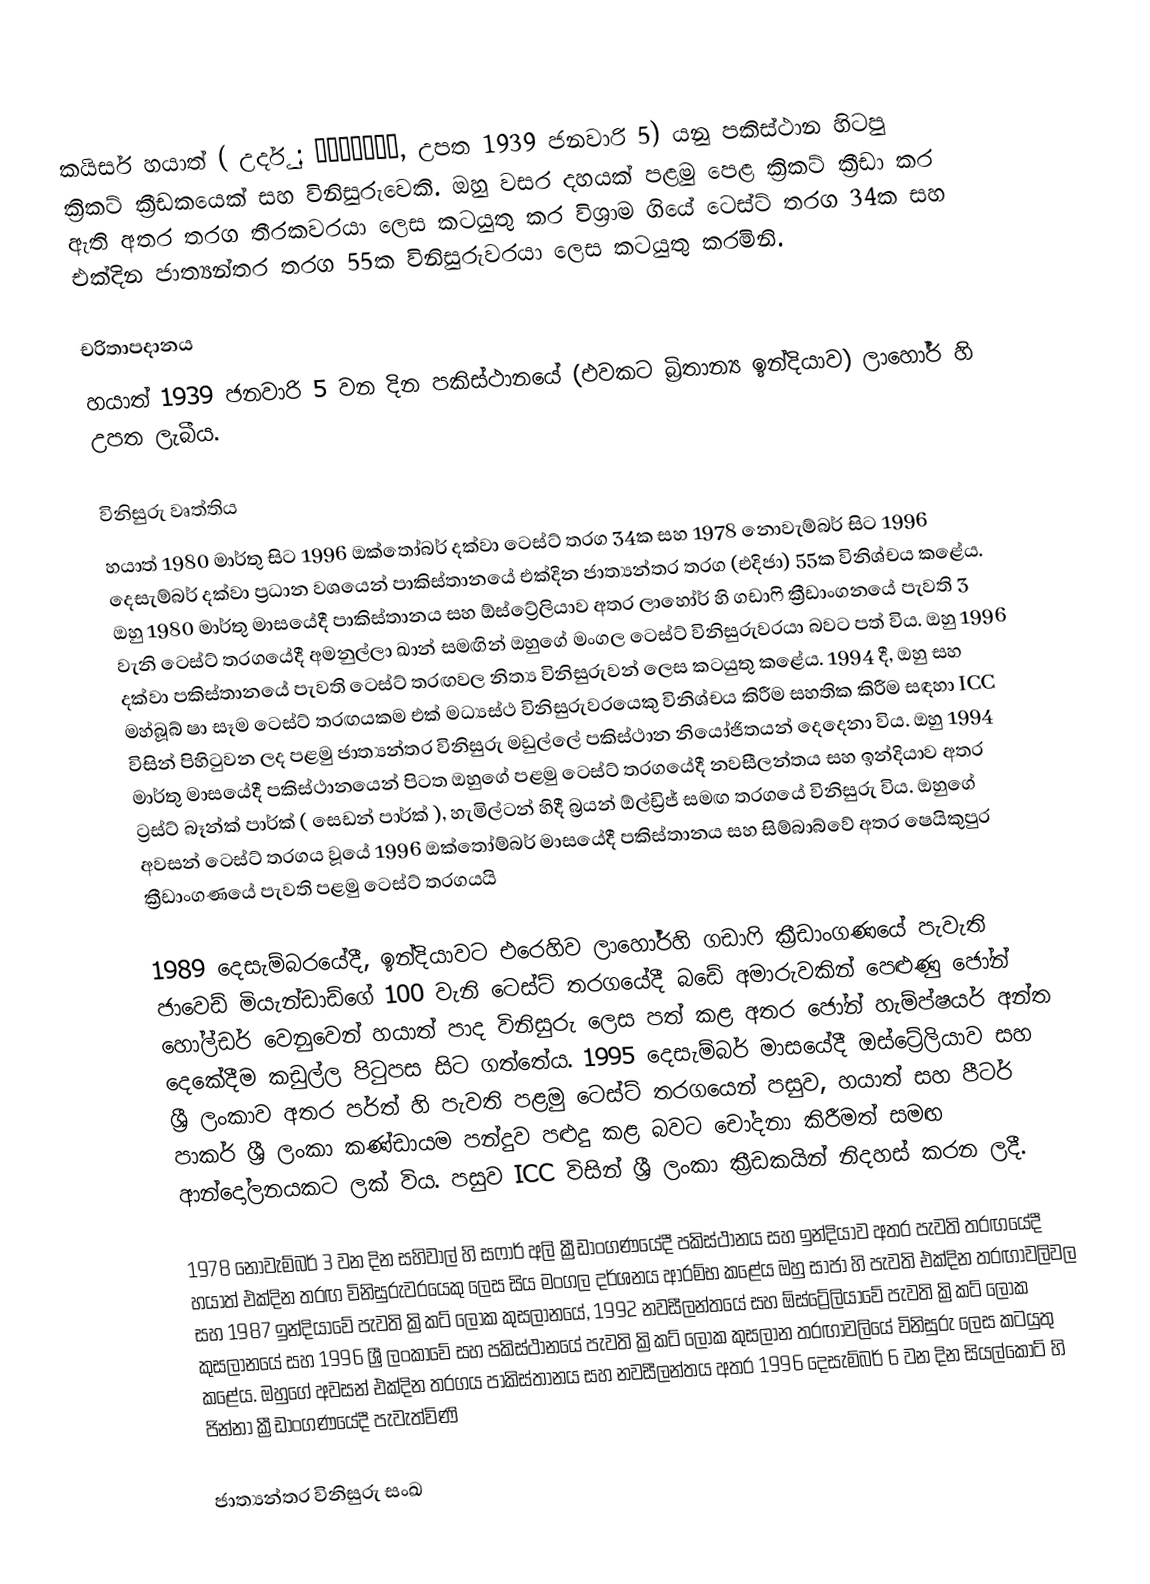
කයිසර් හයාත් ( උර්දු : خضرحيات, උපත 1939 ජනවාරි 5) යනු පකිස්ථාන හිටපු ක්‍රිකට් ක්‍රීඩකයෙක් සහ විනිසුරුවෙකි. ඔහු වසර දහයක් පළමු පෙළ ක්‍රිකට් ක්‍රීඩා කර ඇති අතර තරග තීරකවරයා ලෙස කටයුතු කර විශ්‍රාම ගියේ ටෙස්ට් තරග 34ක සහ එක්දින ජාත්‍යන්තර තරග 55ක විනිසුරුවරයා ලෙස කටයුතු කරමිනි.

චරිතාපදානය
හයාත් 1939 ජනවාරි 5 වන දින පකිස්ථානයේ (එවකට බ්‍රිතාන්‍ය ඉන්දියාව) ලාහෝර් හි උපත ලැබීය.

විනිසුරු වෘත්තිය
හයාත් 1980 මාර්තු සිට 1996 ඔක්තෝබර් දක්වා ටෙස්ට් තරග 34ක සහ 1978 නොවැම්බර් සිට 1996 දෙසැම්බර් දක්වා ප්‍රධාන වශයෙන් පාකිස්තානයේ එක්දින ජාත්‍යන්තර තරග (එදිජා) 55ක විනිශ්චය කළේය. ඔහු 1980 මාර්තු මාසයේදී පාකිස්තානය සහ ඕස්ට්‍රේලියාව අතර ලාහෝර් හි ගඩාෆි ක්‍රීඩාංගනයේ පැවති 3 වැනි ටෙස්ට් තරගයේදී අමනුල්ලා ඛාන් සමඟින් ඔහුගේ මංගල ටෙස්ට් විනිසුරුවරයා බවට පත් විය.  ඔහු 1996 දක්වා පකිස්තානයේ පැවති ටෙස්ට් තරඟවල නිත්‍ය විනිසුරුවන් ලෙස කටයුතු කළේය. 1994 දී, ඔහු සහ මහ්බූබ් ෂා සෑම ටෙස්ට් තරඟයකම එක් මධ්‍යස්ථ විනිසුරුවරයෙකු විනිශ්චය කිරීම සහතික කිරීම සඳහා ICC විසින් පිහිටුවන ලද පළමු ජාත්‍යන්තර විනිසුරු මඩුල්ලේ පකිස්ථාන නියෝජිතයන් දෙදෙනා විය.  ඔහු 1994 මාර්තු මාසයේදී පකිස්ථානයෙන් පිටත ඔහුගේ පළමු ටෙස්ට් තරගයේදී නවසීලන්තය සහ ඉන්දියාව අතර ට්‍රස්ට් බෑන්ක් පාර්ක් ( සෙඩන් පාර්ක් ), හැමිල්ටන් හිදී බ්‍රයන් ඕල්ඩ්‍රිජ් සමඟ තරගයේ විනිසුරු විය.  ඔහුගේ අවසන් ටෙස්ට් තරගය වූයේ 1996 ඔක්තෝම්බර් මාසයේදී පකිස්තානය සහ සිම්බාබ්වේ අතර ෂෙයිකුපුර ක්‍රීඩාංගණයේ පැවති පළමු ටෙස්ට් තරගයයි

1989 දෙසැම්බරයේදී, ඉන්දියාවට එරෙහිව ලාහෝර්හි ගඩාෆි ක්‍රීඩාංගණයේ පැවැති ජාවෙඩ් මියැන්ඩාඩ්ගේ 100 වැනි ටෙස්ට් තරගයේදී බඩේ අමාරුවකින් පෙළුණු ජෝන් හෝල්ඩර් වෙනුවෙන් හයාත් පාද විනිසුරු ලෙස පත් කළ අතර ජෝන් හැම්ප්ෂයර් අන්ත දෙකේදීම කඩුල්ල පිටුපස සිට ගත්තේය. 1995 දෙසැම්බර් මාසයේදී ඔස්ට්‍රේලියාව සහ ශ්‍රී ලංකාව අතර පර්ත් හි පැවති පළමු ටෙස්ට් තරගයෙන් පසුව, හයාත් සහ පීටර් පාකර් ශ්‍රී ලංකා කණ්ඩායම පන්දුව පළුදු කළ බවට චෝදනා කිරීමත් සමඟ ආන්දෝලනයකට ලක් විය. පසුව ICC විසින් ශ්‍රී ලංකා ක්‍රීඩකයින් නිදහස් කරන ලදී.

1978 නොවැම්බර් 3 වන දින සහිවාල් හි සෆාර් අලි ක්‍රීඩාංගණයේදී පකිස්ථානය සහ ඉන්දියාව අතර පැවති තරඟයේදී හයාත් එක්දින තරඟ විනිසුරුවරයෙකු ලෙස සිය මංගල දර්ශනය ආරම්භ කළේය  ඔහු සාජා හි පැවති එක්දින තරඟාවලිවල සහ 1987 ඉන්දියාවේ පැවති ක්‍රිකට් ලෝක කුසලානයේ, 1992 නවසීලන්තයේ සහ ඕස්ට්‍රේලියාවේ පැවති ක්‍රිකට් ලෝක කුසලානයේ සහ 1996 ශ්‍රී ලංකාවේ සහ පකිස්ථානයේ පැවති ක්‍රිකට් ලෝක කුසලාන තරඟාවලියේ විනිසුරු ලෙස කටයුතු කළේය. ඔහුගේ අවසන් එක්දින තරගය පාකිස්තානය සහ නවසීලන්තය අතර 1996 දෙසැම්බර් 6 වන දින සියල්කොට් හි ජින්නා ක්‍රීඩාංගණයේදී පැවැත්විණි

ජාත්‍යන්තර විනිසුරු සංඛ